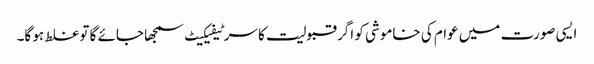
ایسی صورت میں عوام کی خاموشی کو اگر قبولیت کا سرٹیفیکیٹ سمجھا جائے گا تو غلط ہو گا۔